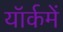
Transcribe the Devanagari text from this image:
यॉर्कमें